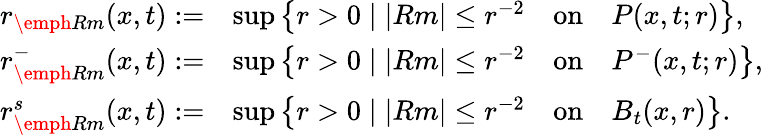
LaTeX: \begin{array}{rl}{r_{\emph{Rm}}(x,t):=}&{\operatorname*{sup}\left\{ r>0\mid|Rm|\le r^{-2}\quad\mathrm{on}\quad P(x,t;r)\right\} ,}\\ {r_{\emph{Rm}}^{-}(x,t):=}&{\operatorname*{sup}\left\{ r>0\mid|Rm|\le r^{-2}\quad\mathrm{on}\quad P^{-}(x,t;r)\right\} ,}\\ {r_{\emph{Rm}}^{s}(x,t):=}&{\operatorname*{sup}\left\{ r>0\mid|Rm|\le r^{-2}\quad\mathrm{on}\quad B_{t}(x,r)\right\} .}\end{array}